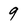
Character: 9